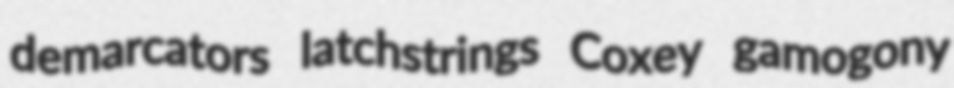
demarcators latchstrings Coxey gamogony